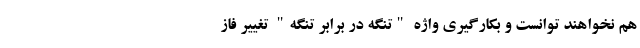
هم نخواهند توانست و بکارگیری واژه "تنگه در برابر تنگه" تغییر فاز